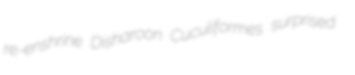
re-enshrine Disharoon Cuculiformes surprised